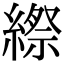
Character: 縩